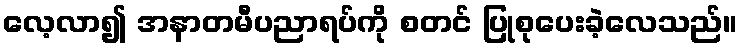
လေ့လာ၍ အနာတမီပညာရပ်ကို စတင် ပြုစုပေးခဲ့လေသည်။